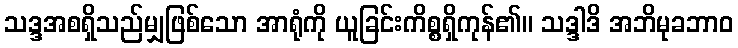
သဒ္ဒအစရှိသည်မျှဖြစ်သော အာရုံကို ယူခြင်းကိစ္စရှိကုန်၏။ သဒ္ဒါဒိ အဘိမုခဘာဝ